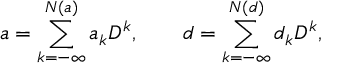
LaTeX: a = \sum _ { k = - \infty } ^ { N ( a ) } a _ { k } D ^ { k } , \qquad d = \sum _ { k = - \infty } ^ { N ( d ) } d _ { k } D ^ { k } ,